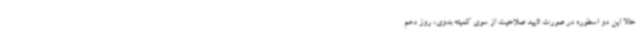
حالا این دو اسطوره در صورت تایید صلاحیت از سوی کمیته بدوی، روز دهم